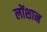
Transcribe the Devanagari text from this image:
लोंशान